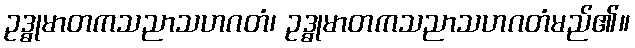
ဥဒ္ဓုမာတကသညာသဟဂတံ၊ ဥဒ္ဓုမာတကသညာသဟဂတံမည်၏။